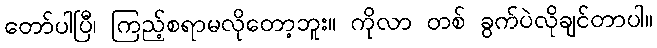
တော်ပါပြီ၊ ကြည့်စရာမလိုတော့ဘူး။ ကိုလာ တစ် ခွက်ပဲလိုချင်တာပါ။